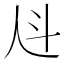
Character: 𰁩